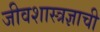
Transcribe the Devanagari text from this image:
जीवशास्त्रज्ञाची